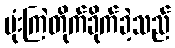
ဗုံးကြဲတိုက်ခိုက်ခဲ့သည်